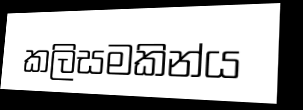
කලිසමකින්ය